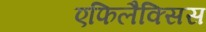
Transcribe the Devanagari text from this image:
एफिलैक्सिस